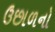
ઉછાળનો